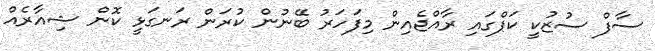
ސާފް ސުޒުކީ ކަޕްގައި ރާއްޖެއިން މިފަހަރު ބޭނުން ކުރަން ރަނގަޅީ ކޮން ޝިއާރެއް